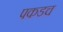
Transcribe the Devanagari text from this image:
पकडच